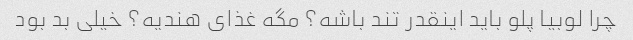
چرا لوبیا پلو باید اینقدر تند باشه؟ مگه غذای هندیه؟ خیلی بد بود